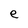
Character: e